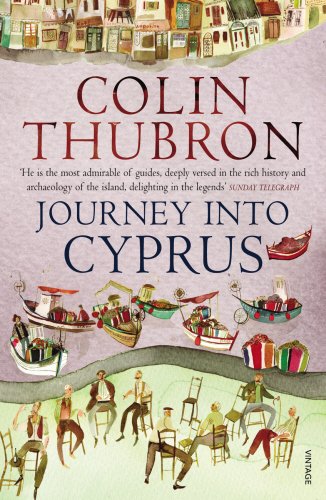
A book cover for Journey Into Cyprus; Colin Thubron; Travel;